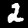
Digit: 2